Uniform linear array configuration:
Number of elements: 8
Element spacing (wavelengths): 1
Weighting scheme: kaiser
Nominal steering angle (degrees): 60
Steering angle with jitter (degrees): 60.281
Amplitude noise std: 0.05
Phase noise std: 0.05

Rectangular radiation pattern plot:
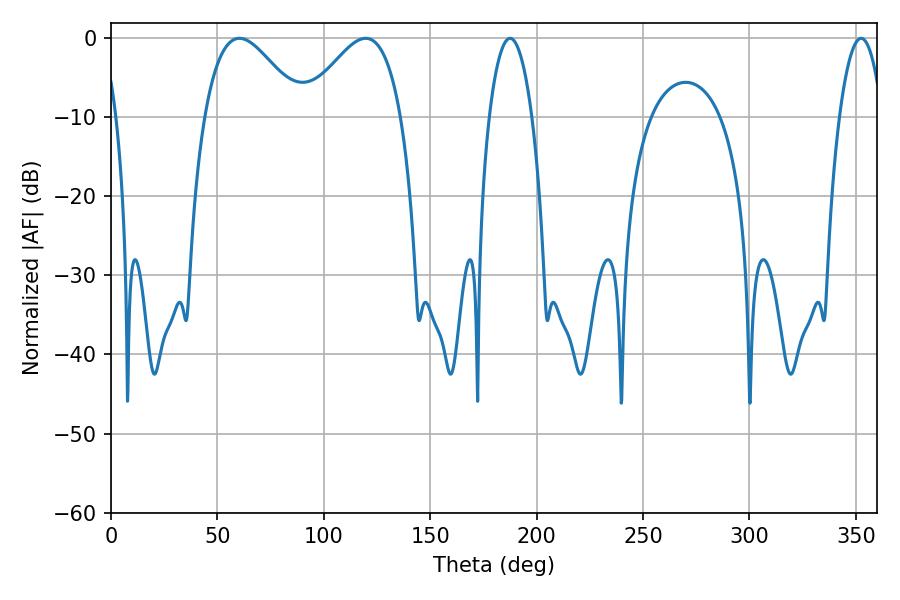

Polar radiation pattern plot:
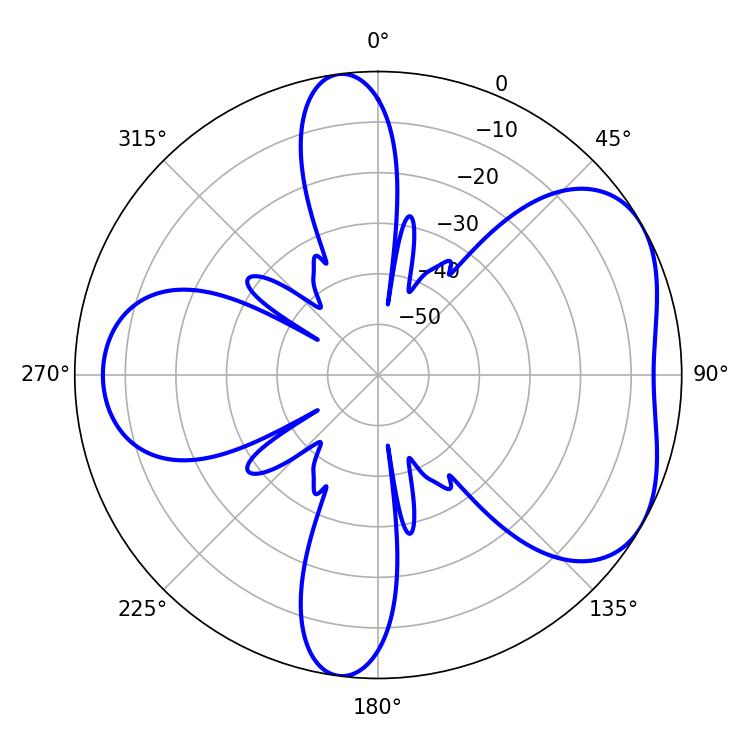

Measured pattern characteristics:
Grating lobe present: TRUE
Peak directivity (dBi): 4.88
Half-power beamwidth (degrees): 24.66
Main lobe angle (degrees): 60.3